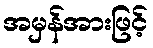
အမှန်အားဖြင့်